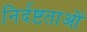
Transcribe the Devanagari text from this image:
निर्दष्टताओं